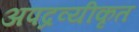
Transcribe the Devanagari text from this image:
अपद्रव्यीकृत